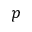
p